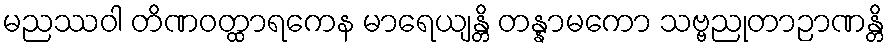
မညဿဝါ တိဏဝတ္ထာရကေန မာရေယျန္တိ တန္နာမကော သဗ္ဗညုတာဉာဏန္တိ